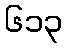
၆၁၃